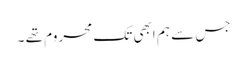
جس سے ہم ابھی تک محروم تھے ۔